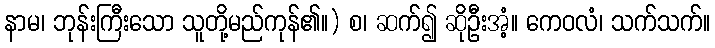
နာမ၊ ဘုန်းကြီးသော သူတို့မည်ကုန်၏။) စ၊ ဆက်၍ ဆိုဦးအံ့။ ကေဝလံ၊ သက်သက်။